Alphabetical list of drugs, medicines and other preparations free from, and containing, spirit compiled from the results of tests made by the customs houses at Calcutta, Bombay, and Madras
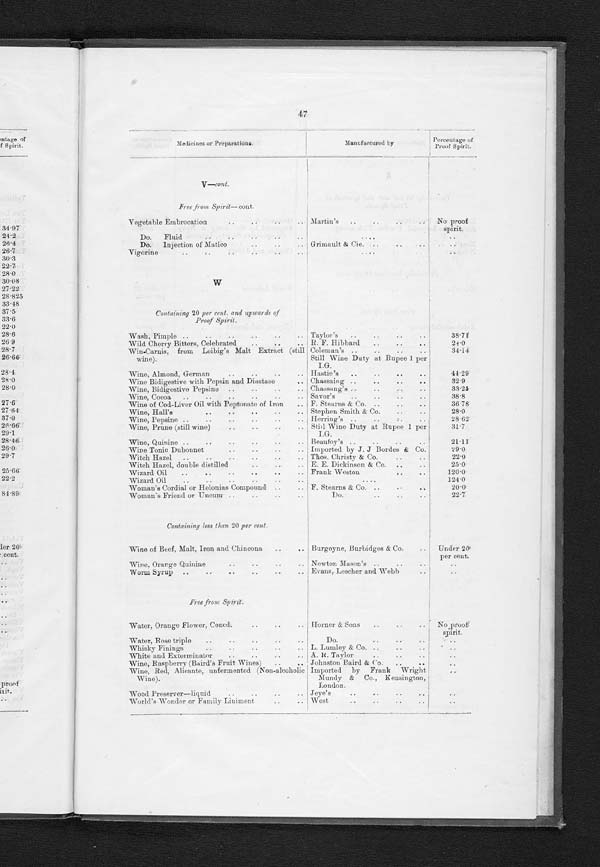
Medicines or Preparations.
Manufactured by
P e r c e n t a g e o f P r o o f S p i r i t .
V—cont.
Free from Spirit— cont
Vegetable Embrocation . . .
Martin's . . .
N o p r o o f s p i r i t .
Do. Fluid . . .
. . .
. . .
Do. Injection of Matico . . .
Grimault & Cie. . . .
. . .
Vigorine . . .
. . .
. . .
W
Containing 20 per rent. and upwards of
Proof Spirit.
Wash, Pimple . . .
Taylor's . . .
3 8 . 7 1
Wild Cherry Bitters, Celebrated . . .
R. F. Hibbard . . .
2 4 . 0
Win-Carnis, from Leibig's Malt Extract (still wine).
Co l e ma n ' s . . .
3 4 . 1 4
S t i l l W i n e D u t y a t R u p e e 1 p e r I . G .
Wine, Almond, German . . .
4 4 . 2 9
Hastie's . . .
Wine Bidigestive with Pepsin and Diastase . . .
C h a s s a i n g . . .
3 2 . 9
Wine, Bidigestive Pepsine . . .
chassang's . . .
3 3 . 2 5
Wine, Cocoa . . .
Savor's . . .
3 8 . 8
Wine of Cod-Liver Oil with Peptonate of Iron . . .
F. Stearns & Co. . . .
3 6 . 7 8
Wine, Hall's . . .
Stephen Smith & Co. . . .
2 8 . 0
Wine, Pepsine . . .
Herring's . . .
2 8 . 6 2
Wine, Prune (still wine) . . .
s t i l l W i n e D u t y a t R u p e e 1 p e r I . G .
3 1 . 7
Wine, Quinine . . .
Beaufoy's . . .
2 1 . 1 1
Wine Tonic Dubonnet . . .
Imported by J. J. Bordes & Co.
2 9 . 0
Witch Hazel . . .
Thos. Christy & Co. . . .
2 2 . 0
Witch Hazel, double distilled . . .
E. E. Dickinaon & Co. . . .
2 5 . 0
Wizard Oil . . .
F r a n k We s t o n . . .
1 2 0 . 0
Wizard Oil . . .
. . .
1 2 4 . 0
Woman's Cordial or Holonias Compound . . .
F . S t e a r n s & C o . . . .
2 0 . 0
Woman's Friend or Uncum . . .
Do. . . .
2 2 . 7
Containing less than 20 per cent.
Wine of Beef, Malt, Iron and Chincona . . .
Burgoyne, Burbidges & Co.
U n d e r 2 0 p e r c e n t .
Wine, Orange Quinine . . .
Newton Mason's . . .
. . .
Worm Syrup . . .
Evans, Lescher and Webb . . .
. . .
Free from Spirit.
Water, Orange Flower, Coned . . .
Horner & Sons . . .
N o . p r o o f s p i r i t .
Water, Rose triple . . .
Do. . . .
. . .
Whisky Finings . . .
L. Lumley & Co. . . .
. . .
White and Exterminater . . .
A. R. Taylor . . .
. . .
Wine, Raspberry (Baird's Fruit Wines) . . .
Johnston Baird & Co. . . .
. . .
Wine, Red, Alicante, unfermented (Non-alcoholic Wine).
I m p o r t e d b y F r a n k W r i g h t M u n d y & C o . , K e n s i n g t o n , L o n d o n .
. . .
Wood Preserver—liquid . . .
. . .
Jeye's . . .
World's Wonder or Fanily Liniment . . .
West . . .
. . .